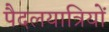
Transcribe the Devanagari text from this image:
पैदलयात्रियों